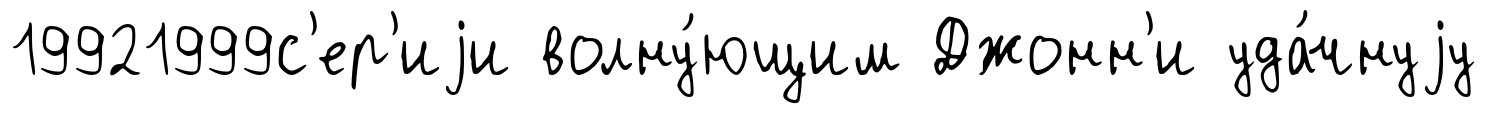
19921999с'ер'иjи волну́ющим Джонн'и уда́чнуjу